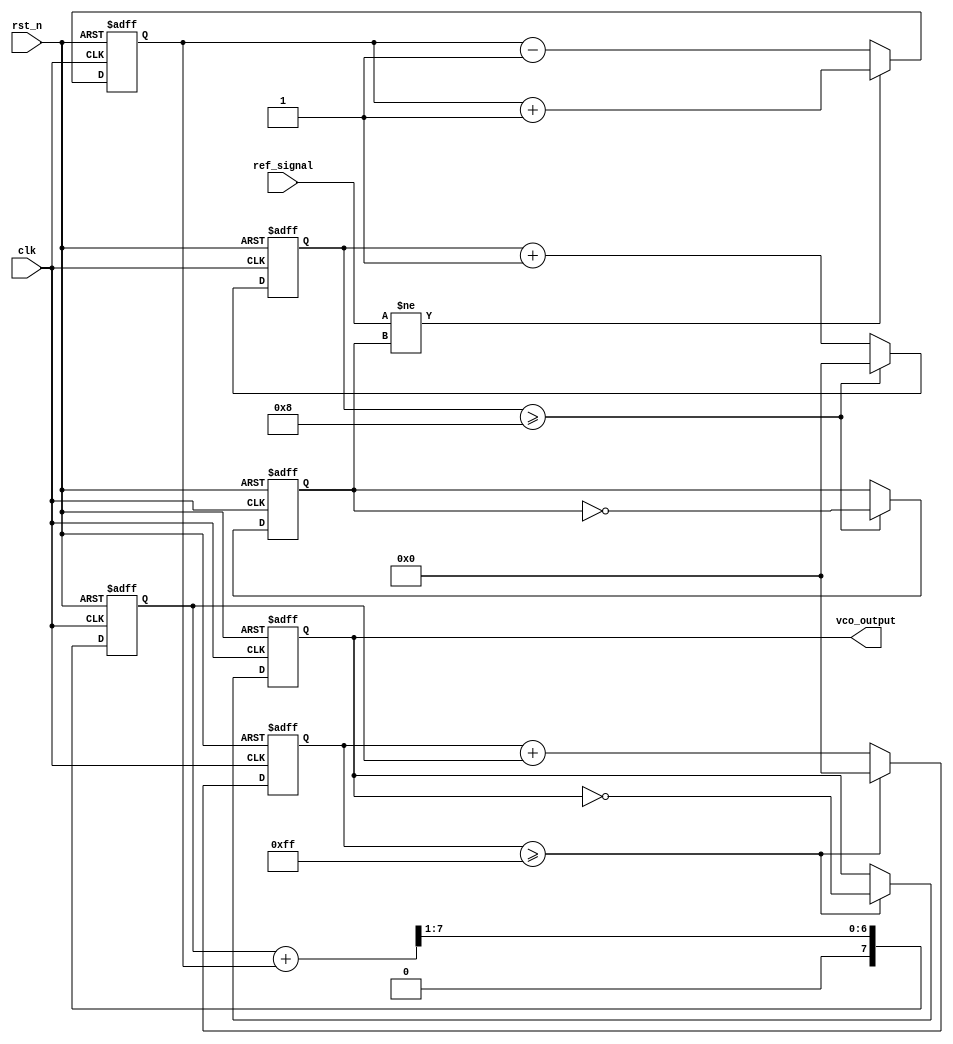
module DPLL (
    input wire clk,                // Main clock
    input wire rst_n,              // Asynchronous reset
    input wire ref_signal,         // Reference input signal
    output reg vco_output          // VCO output
);

// Parameters
parameter MEM_SIZE = 16;         // Size of memory blocks
parameter PHASE_ERROR_WIDTH = 8; // Width of phase error signal
parameter CONTROL_WIDTH = 8;      // Width of control voltage
parameter VCO_MAX_FREQ = 255;     // Max frequency of VCO output

// Internal signals
reg [PHASE_ERROR_WIDTH-1:0] phase_error;              // Phase error signal
reg [CONTROL_WIDTH-1:0] control_voltage;               // Control voltage for VCO
reg [MEM_SIZE-1:0] phase_error_memory [0:MEM_SIZE-1]; // Memory to store phase errors
reg [7:0] frequency_divider;                           // Frequency divider counter
reg [7:0] vco_counter;                                 // VCO frequency counter
reg ref_divided;                                       // Divided reference signal

// Frequency Divider
always @(posedge clk or negedge rst_n) begin
    if (!rst_n) begin
        frequency_divider <= 0;
        ref_divided <= 0;
    end else begin
        frequency_divider <= frequency_divider + 1;
        if (frequency_divider >= 8) begin // Adjust this threshold for the required division factor
            ref_divided <= ~ref_divided;  // Toggle to create a divided signal
            frequency_divider <= 0;
        end
    end
end

// Phase Detector
always @(posedge clk or negedge rst_n) begin
    if (!rst_n) begin
        phase_error <= 0;
    end else begin
        // Simple phase comparison (could be a more complex logic)
        if (ref_signal != ref_divided) begin
            phase_error <= phase_error + 1; // Increment for error
        end else begin
            phase_error <= phase_error - 1; // Decrement for error
        end
    end
end

// Loop Filter (Simple moving average)
always @(posedge clk or negedge rst_n) begin
    if (!rst_n) begin
        control_voltage <= 0;
    end else begin
        // Simple averaging filter
        control_voltage <= (control_voltage + phase_error) >> 1; // Shift right for averaging
    end
end

// VCO (Voltage Controlled Oscillator)
always @(posedge clk or negedge rst_n) begin
    if (!rst_n) begin
        vco_output <= 0;
        vco_counter <= 0;
    end else begin
        // Update VCO based on control voltage
        vco_counter <= vco_counter + control_voltage;
        if (vco_counter >= VCO_MAX_FREQ) begin
            vco_output <= ~vco_output; // Toggle output when count maxes
            vco_counter <= 0;          // Reset counter
        end
    end
end

// Memory Block for storing phase error
integer i;
always @(posedge clk or negedge rst_n) begin
    if (!rst_n) begin
        for (i = 0; i < MEM_SIZE; i = i + 1) begin
            phase_error_memory[i] <= 0; // Initialize memory
        end
    end else begin
        phase_error_memory[0] <= phase_error; // Store current phase error in memory
        // Shift old values for simplicity (could implement a more complex memory management)
        for (i = 1; i < MEM_SIZE; i = i + 1) begin
            phase_error_memory[i] <= phase_error_memory[i-1];
        end
    end
end

endmodule